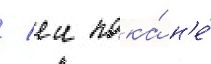
/ еи пока́ н'е́